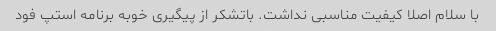
با سلام اصلا کیفیت مناسبی نداشت. باتشکر از پیگیری خوبه برنامه استپ فود